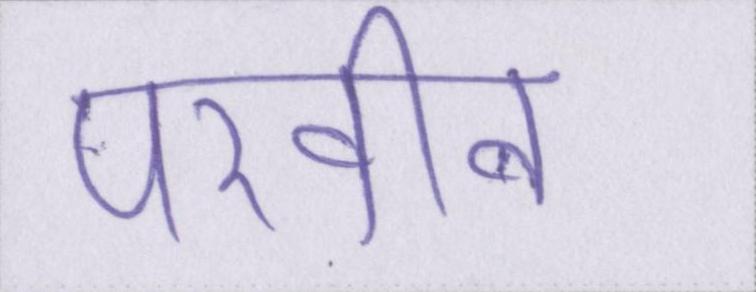
परवीन